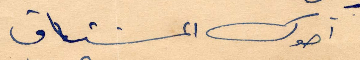
اخوك المشتاق